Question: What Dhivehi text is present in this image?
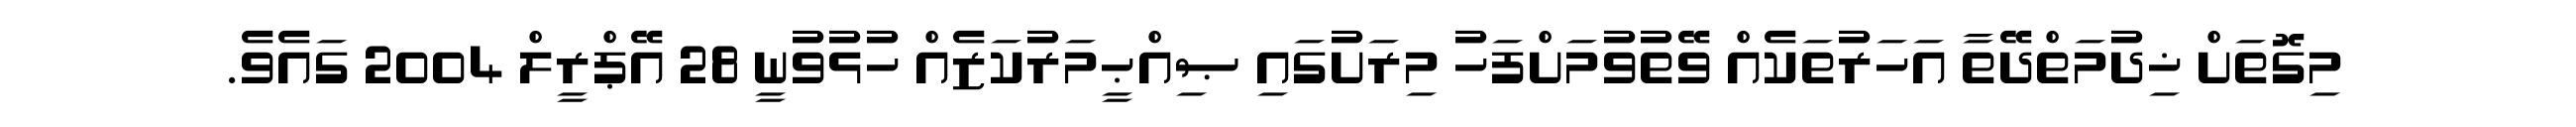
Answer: މިގޮތަށް ޚިދުމަތްދޭތާ އަހަރުތަކެއް ވޭތުވުމަށްފަހު މިރަށުގައި ޞިއްޙީމަރުކަޒެއް ހުޅުވުނީ 28 އޭޕްރީލް 2004 ގައެވެ.